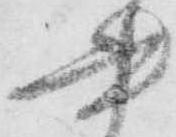
書